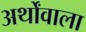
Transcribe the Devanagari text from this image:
अर्थोंवाला